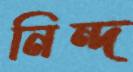
নিন্দ